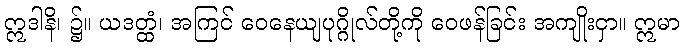
ဣဒါနိ၊ ၌။ ယဒတ္ထံ၊ အကြင် ဝေနေယျပုဂ္ဂိုလ်တို့ကို ဝေဖန်ခြင်း အကျိုးငှာ။ ဣမာ